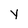
Character: Y